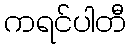
ကရင်ပါတီ